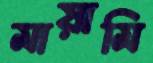
মায়ামি